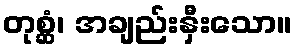
တုစ္ဆံ၊ အချည်းနှီးသော။